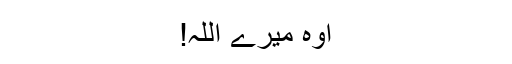
اوہ میرے اللہ!